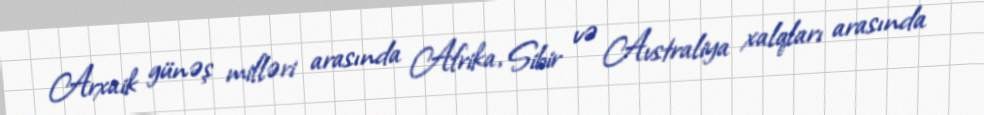
Arxaik günəş mifləri arasında Afrika, Sibir və Avstraliya xalqları arasında